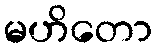
မဟိတော